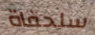
سلحفاة